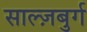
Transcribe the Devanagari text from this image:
साल्ज़बुर्ग